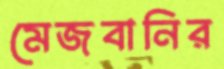
মেজবানির